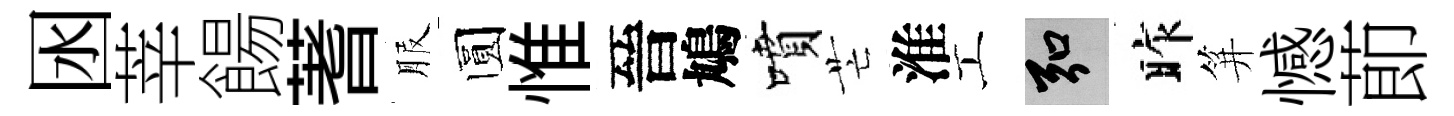
囦莘餳蓍服圆惟晉鳩噴芒淮工弘昨笄憾莭